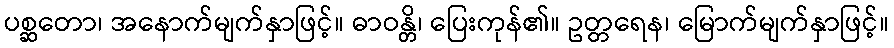
ပစ္ဆတော၊ အနောက်မျက်နှာဖြင့်။ ဓာဝန္တိ၊ ပြေးကုန်၏။ ဥတ္တရေန၊ မြောက်မျက်နှာဖြင့်။